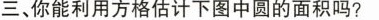
三、你能利用方格估计下图中圆的面积吗?